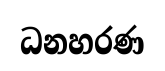
ධනහරණ